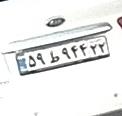
۵۹ط۹۴۴۲۲